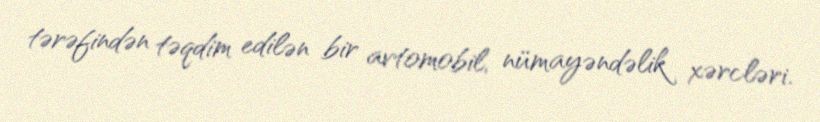
tərəfindən təqdim edilən bir avtomobil, nümayəndəlik xərcləri.